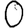
Digit: 0